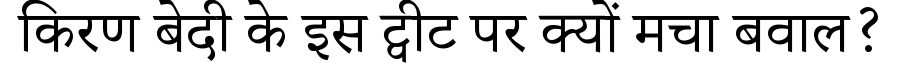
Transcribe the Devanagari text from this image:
किरण बेदी के इस ट्वीट पर क्यों मचा बवाल?